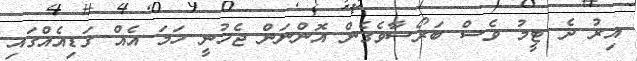
އިރު ދެ ޓީމު ވެސް ބަރޯސާވެގެން އޮންނަން ޖެހުނީ ހަމަ އެއް ގަޑިއެއްގައި